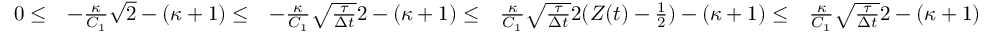
\begin{array} { r l r l r } { 0 \le } & { - \frac { \kappa } { C _ { 1 } } \sqrt { 2 } - ( \kappa + 1 ) \le } & { - \frac { \kappa } { C _ { 1 } } \sqrt { \frac { \tau } { \Delta t } } 2 - ( \kappa + 1 ) \le } & { \frac { \kappa } { C _ { 1 } } \sqrt { \frac { \tau } { \Delta t } } 2 ( Z ( t ) - \frac { 1 } { 2 } ) - ( \kappa + 1 ) \le } & { \frac { \kappa } { C _ { 1 } } \sqrt { \frac { \tau } { \Delta t } } 2 - ( \kappa + 1 ) } \end{array}